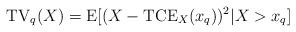
LaTeX: \begin{align*}\mathrm{TV}_{q}(X)=\mathrm{E}[(X-\mathrm{TCE}_{X}(x_{q}))^{2}|X>x_{q}]\end{align*}